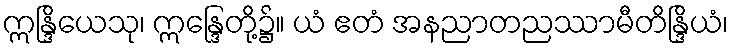
ဣန္ဒြိယေသု၊ ဣန္ဒြေတို့၌။ ယံ ဧတံ အနညာတညဿာမီတိန္ဒြိယံ၊